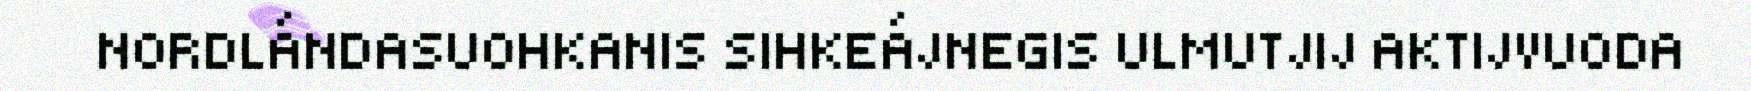
NORDLÁNDASUOHKANIS SIHKEÁJNEGIS ULMUTJIJ AKTIJVUODA